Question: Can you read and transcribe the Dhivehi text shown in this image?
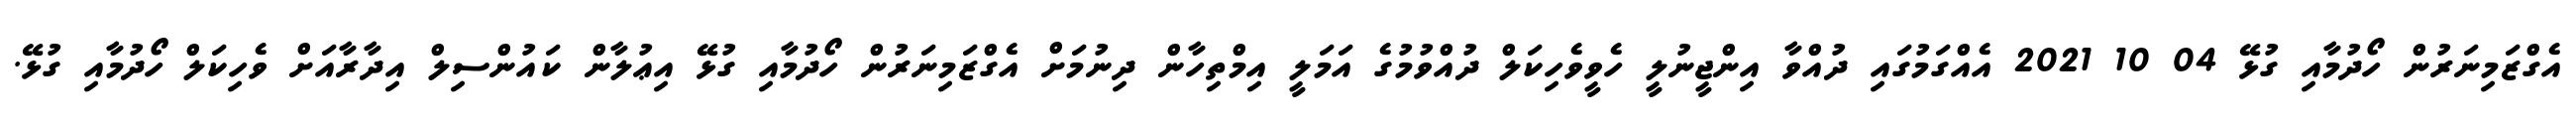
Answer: އެގްޒަމިނަރުން ހޯދުމާއި ގުޅޭ 04 10 2021 އެއްގަމުގައި ދުއްވާ އިންޖީނުލީ ހެވީވެހިކަލް ދުއްވުމުގެ އަމަލީ އިމްތިހާން ދިނުމަށް އެގްޒަމިނަރުން ހޯދުމާއި ގުޅޭ އިޢުލާން ކައުންސިލް އިދާރާއަށް ވެހިކަލް ހޯދުމާއި ގުޅޭ.